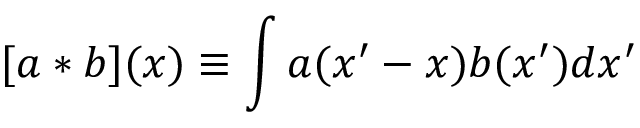
[ a * b ] ( x ) \equiv \int a ( x ^ { \prime } - x ) b ( x ^ { \prime } ) d x ^ { \prime }